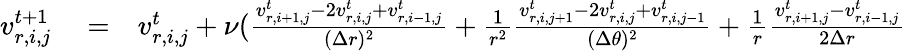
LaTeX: \begin{array}{rlr}{v_{r,i,j}^{t+1}}&{{}=}&{v_{r,i,j}^{t}+\nu(\frac{v_{r,i+1,j}^{t}-2v_{r,i,j}^{t}+v_{r,i-1,j}^{t}}{(\Delta r)^{2}}+\frac{1}{r^{2}}\frac{v_{r,i,j+1}^{t}-2v_{r,i,j}^{t}+v_{r,i,j-1}^{t}}{(\Delta\theta)^{2}}+\frac{1}{r}\frac{v_{r,i+1,j}^{t}-v_{r,i-1,j}^{t}}{2\Delta r}}\end{array}